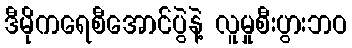
ဒီမိုကရေစီအောင်ပွဲနဲ့ လူမှုစီးပွားဘဝ